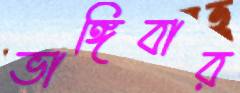
ভাঙ্গিবার